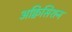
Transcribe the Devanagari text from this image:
अक्विसिशन